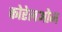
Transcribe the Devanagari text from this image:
कोरेलओन